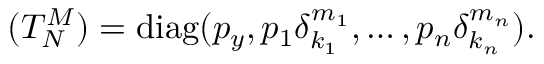
( T _ { N } ^ { M } ) = \mathrm { d i a g } ( p _ { y } , p _ { 1 } \delta _ { k _ { 1 } } ^ { m _ { 1 } } , \ldots , p _ { n } \delta _ { k _ { n } } ^ { m _ { n } } ) .